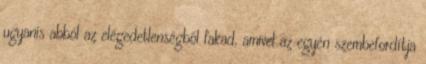
ugyanis abból az elégedetlenségből fakad, amivel az egyén szembefordítja